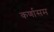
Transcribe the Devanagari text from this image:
कर्णासम